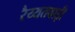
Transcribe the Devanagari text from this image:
रैय्यतवाड़ी